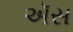
ઍસ